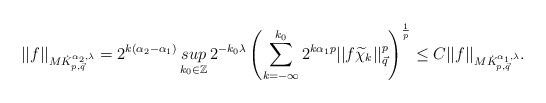
LaTeX: \begin{align*}||f||_{M\dot{K}_{p,\vec{q}}^{\alpha_2,\lambda}}&=2^{k(\alpha_2-\alpha_1)}\mathop{sup}\limits_{k_0\in \mathbb{Z}}2^{-k_{0}\lambda}\left(\sum_{k=-\infty}^{k_0}2^{k\alpha_{1} p}||f\widetilde{\chi}_k||_{\vec{q}}^p\right)^{\frac{1}{p}}\leq C ||f||_{M\dot{K}_{p,\vec{q}}^{\alpha_1,\lambda}}.\end{align*}